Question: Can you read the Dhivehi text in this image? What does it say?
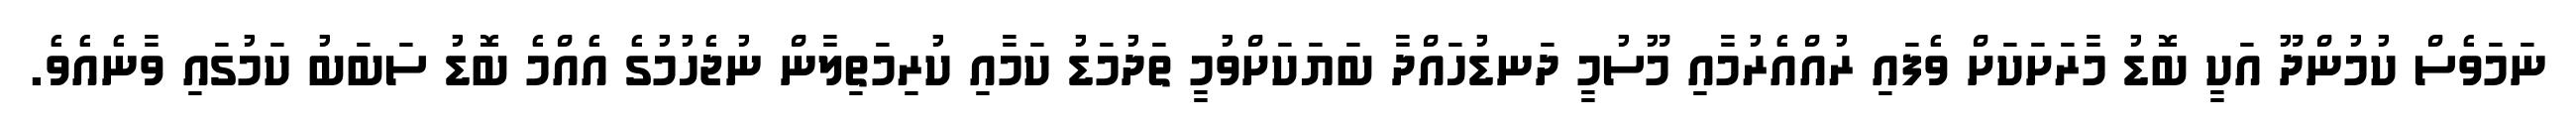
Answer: ނަމަވެސް ކުމުންދޫ އަކީ ބޮޑު މާރަށަކަށް ވެފައި ރުއްއެރުމާއި މޫސުމީ ދަނޑުހައްދާ ބަޔަކަށްވުމީ ތަދުމަޑު ކަމާއި ކުރިމަތިލާން ނުޖެހުމުގެ އެއްމެ ބޮޑު ސަބަބު ކަމުގައި ވާނެއެވެ.